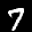
Label: 7